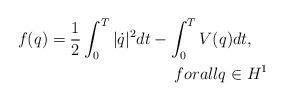
LaTeX: \begin{align*}f(q)=\frac{1}{2}\int^T_0|\dot{q}|^2dt-\int^T_0V(q)dt,\ \ \ \\forall q\in H^1\end{align*}